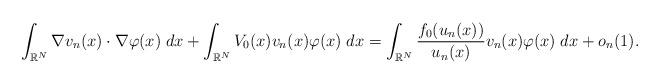
LaTeX: \begin{align*}\int_{\mathbb{R}^N}\nabla v_n(x) \cdot \nabla \varphi(x) \;dx + \int_{\mathbb{R}^N}V_0(x)v_n(x)\varphi(x)\;dx = \int_{\mathbb{R}^N}\dfrac{f_0(u_n(x))}{u_n(x)}v_n(x)\varphi(x)\;dx + o_n(1).\end{align*}